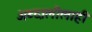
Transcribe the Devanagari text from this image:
अब्दालीलाही